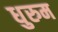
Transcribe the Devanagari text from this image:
धुरुम